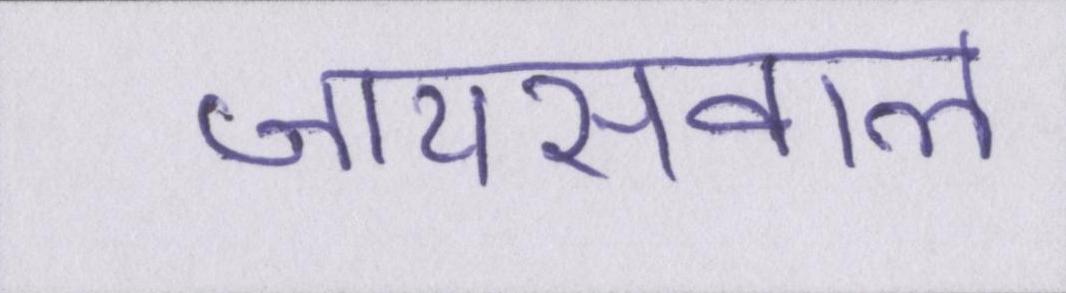
जायसवाल